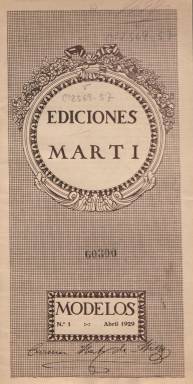
Título: Modelos (Barcelona)
Colección: Revistas femeninas || Moda
Ámbito geográfico: Barcelona
Lugar de publicación: Barcelona
Fechas: 01/04/1929-31/12/1929

Nueve cuadernos numerados y fechados, desde abril a diciembre de 1929, que con este título fueron publicados por Editorial Martí, que lo toma de la autora Carmen Martí de Missé, nombre que recibe un sistema o serie de métodos de corte y confección de moda de prendas de vestir, incluida las de lencería, y a una central o instituto para su enseñanza, establecido en el Paseo de Gracia, 42, de Barcelona en esas fechas, método internacional que también adoptaban profesoras del denominado Corte Sistema Martí en las principales poblaciones de otros países.

Cada entrega de Modelos es de 26 páginas, en un formato verticalizado, y su publicación estaba destinada a facilitar a las alumnas de los elementos de cultura necesarios, con las mejores creaciones de la alta costura, tal como se indica en sus páginas. No se vendía por números sueltos y su suscripción era anual. Cada entrega contiene una colección de modelos, con dibujos y las correspondientes lecciones de corte, con texto explicativo al pie de cada ilustración. También contiene en las páginas centrales de cada entrega una lámina desplegable con patrones. Su estampación es en tinta sepia.

Carmen Martí de Missé aparece como autora de medio centenar de obras dedicadas a la moda parisina, la sastrería, los tejidos y a su sistema y métodos de corte y confección, así como a la historia del vestido femenino. Bajo su nombre, en los años treinta del pasado siglo fueron publicadas también una serie de colecciones de láminas de color, con figuras y patrones de la costura parisina. Así mismo se conoce un anuario con patrones graduables correspondiente a 1959-1960. Algunas de sus obras han sido reeditadas y su nombre llega hasta la actualidad para dárselo a un centro de enseñanza de moda, patronaje y confección.